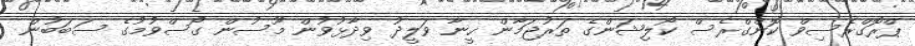
ޕްރޮގްރެސިވް ކޮންގްރެސް ކޯލިޝަންގެ ތަރުޖަމާން ހީނާ ވަލީދު ވިދާޅުވުން މޫސުން ގޯސްވުމުގެ ސަބަބުން